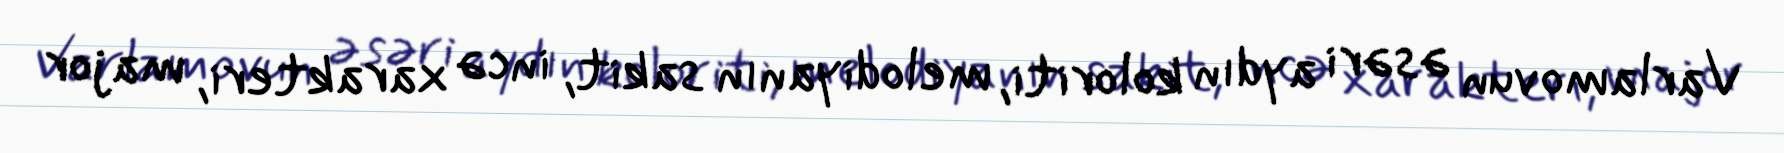
Varlamovun əsəri aydın koloriti, melodiyanın sakit, incə xarakteri, major